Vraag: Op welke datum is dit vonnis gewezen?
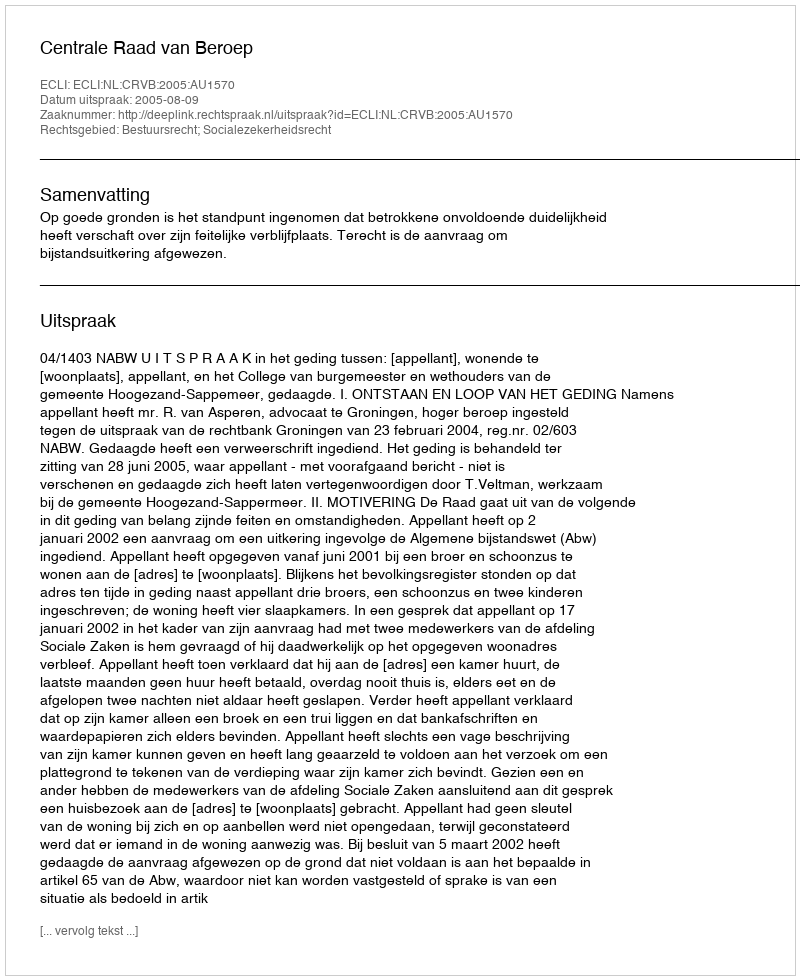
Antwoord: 2005-08-09